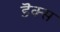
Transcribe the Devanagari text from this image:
डॆक्स